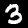
Digit: 3